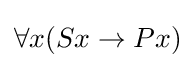
\forall x(Sx\rightarrow Px)